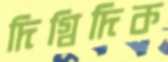
দিগ্বিদিক